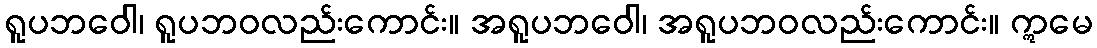
ရူပဘဝေါ၊ ရူပဘဝလည်းကောင်း။ အရူပဘဝေါ၊ အရူပဘဝလည်းကောင်း။ ဣမေ